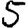
Digit: 5